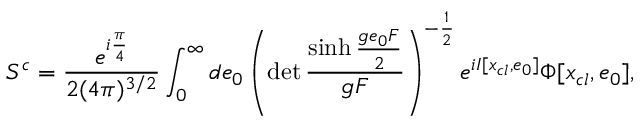
S ^ { c } = \frac { e ^ { i \frac { \pi } { 4 } } } { 2 ( 4 \pi ) ^ { 3 / 2 } } \int _ { 0 } ^ { \infty } d e _ { 0 } \left( \operatorname * { d e t } \frac { \sinh \frac { g e _ { 0 } F } { 2 } } { g F } \right) ^ { - \frac { 1 } { 2 } } e ^ { i I [ x _ { c l } , e _ { 0 } ] } \Phi [ x _ { c l } , e _ { 0 } ] ,